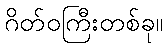
ဂိတ်ဝကြီးတစ်ခု။